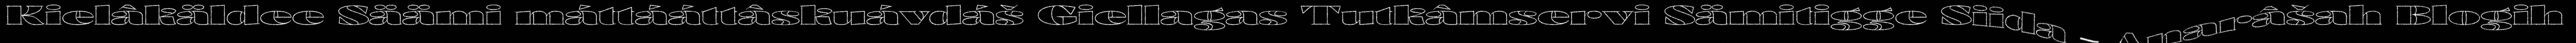
Kielâkäldee Säämi máttááttâskuávdáš Giellagas Tutkâmservi Sämitigge Siida – Anarâšah Blogih